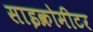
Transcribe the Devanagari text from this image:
साइक्रोमीटर